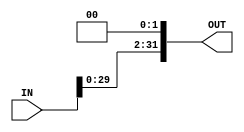
module shift_left_twice #(parameter WIDTH =32) (
input        wire       [WIDTH-1:0]      IN,
output       wire       [WIDTH-1:0]      OUT
);

assign OUT = (IN << 2);

endmodule